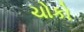
ચોકો